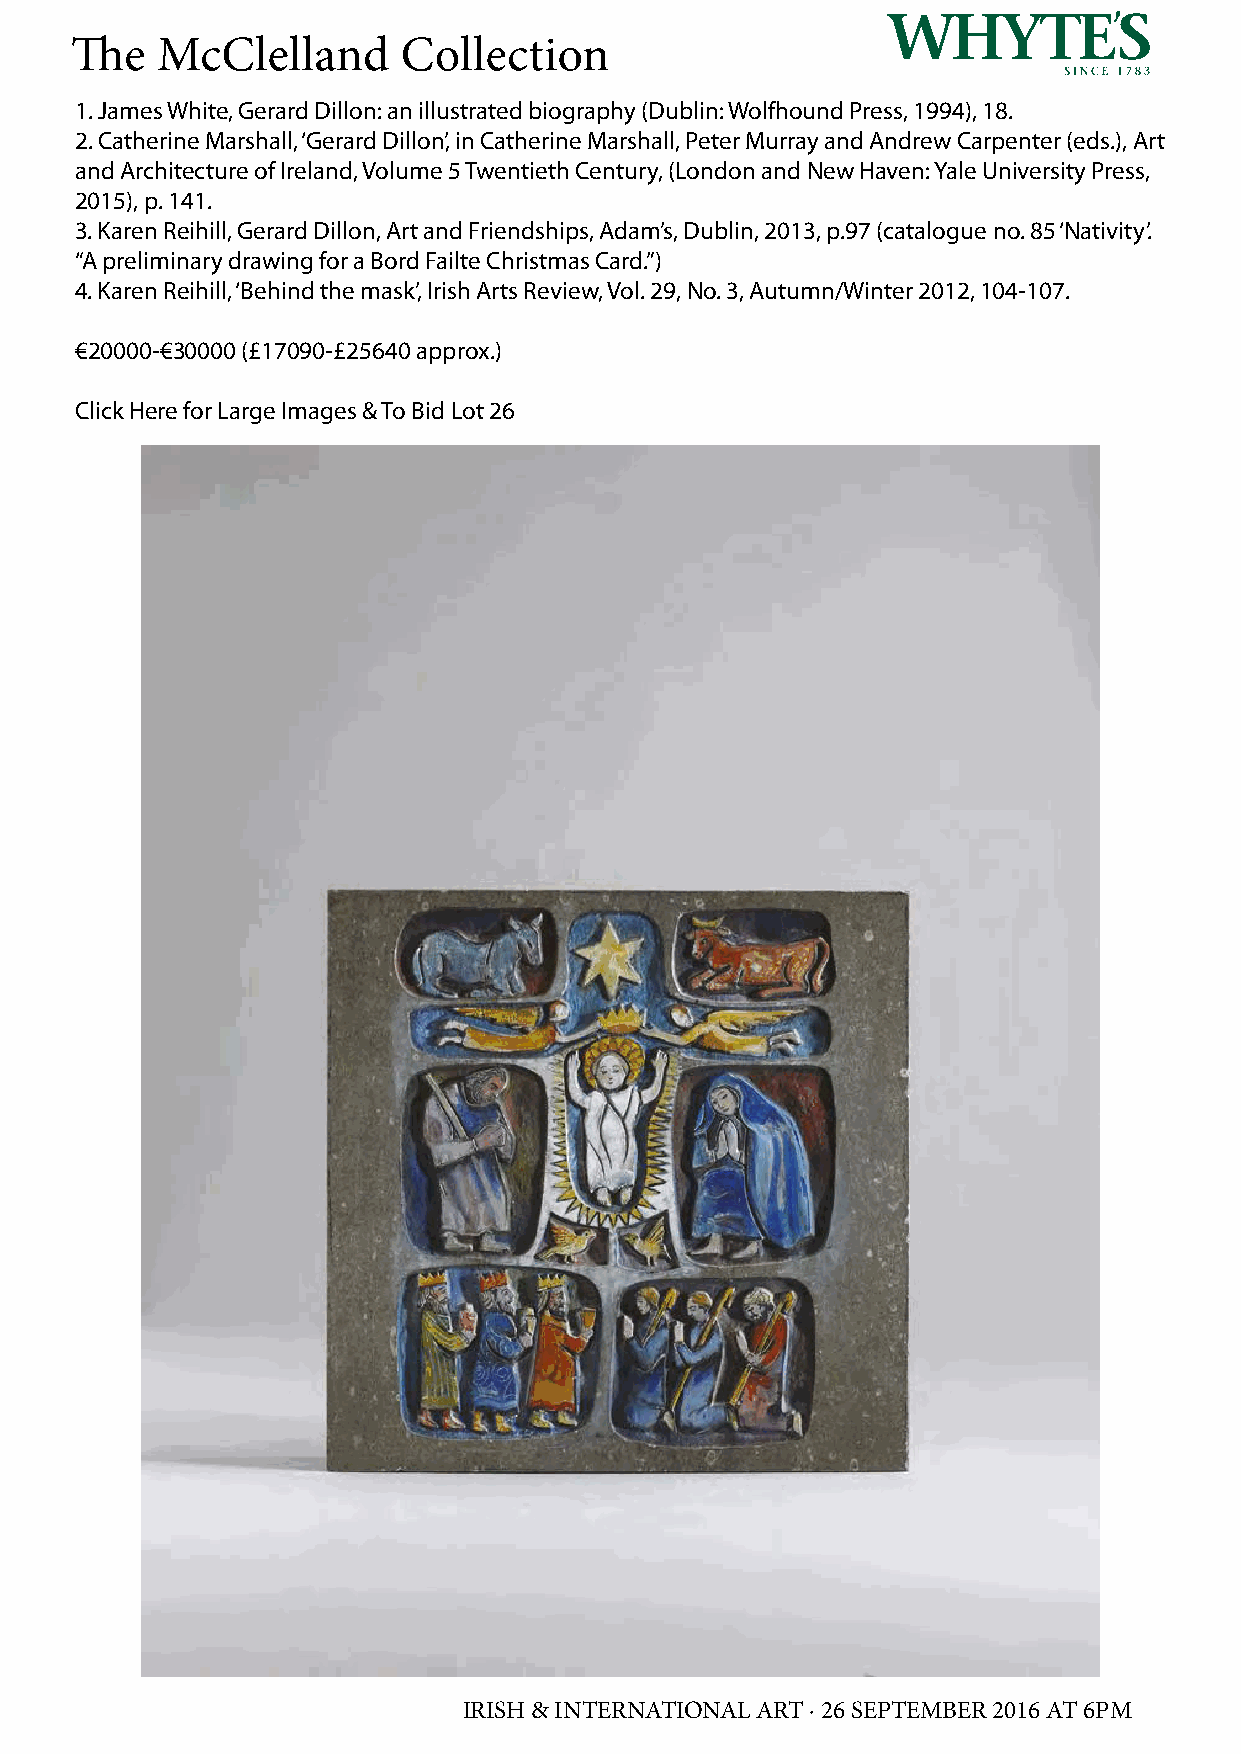
The  McClelland       Collection
 1. James White, Gerard Dillon: an illustrated biography (Dublin: Wolfhound Press, 1994), 18.
 2. Catherine Marshall, ‘Gerard Dillon’, in Catherine Marshall, Peter Murray and Andrew Carpenter (eds.), Art
 and Architecture of Ireland, Volume 5 Twentieth Century, (London and New Haven: Yale University Press,
 2015), p. 141.
 3. Karen Reihill, Gerard Dillon, Art and Friendships, Adam’s, Dublin, 2013, p.97 (catalogue no. 85 ‘Nativity’.
 “A preliminary drawing for a Bord Failte Christmas Card.”)
 4. Karen Reihill, ‘Behind the mask’, Irish Arts Review, Vol. 29, No. 3, Autumn/Winter 2012, 104-107.
 €20000-€30000 (£17090-£25640 approx.)
 Click Here for Large Images & To Bid Lot 26
 IRISH & INTERNATIONAL ART · 26 SEPTEMBER 2016 AT 6PM